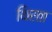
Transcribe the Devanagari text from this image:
थिरता